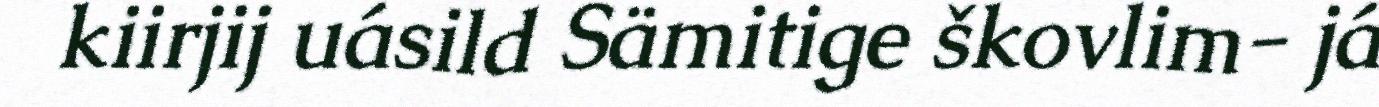
kiirjij uásild Sämitige škovlim- já